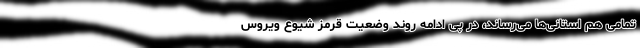
تمامی هم استانی‌ها می‌رساند، در پی ادامه روند وضعیت قرمز شیوع ویروس